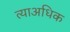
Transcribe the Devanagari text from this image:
त्याअधिक